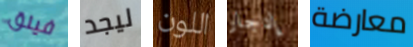
فيلق ليجد اللون إدجار معارضة